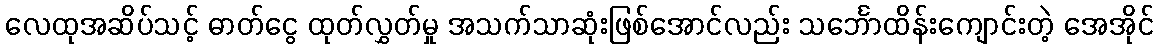
လေထုအဆိပ်သင့် ဓာတ်ငွေ ထုတ်လွှတ်မှု အသက်သာဆုံးဖြစ်အောင်လည်း သင်္ဘောထိန်းကျောင်းတဲ့ အေအိုင်